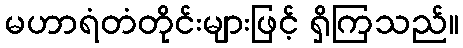
မဟာရံတံတိုင်းများဖြင့် ရှိကြသည်။